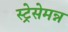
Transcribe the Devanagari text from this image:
स्ट्रेसेमन्न